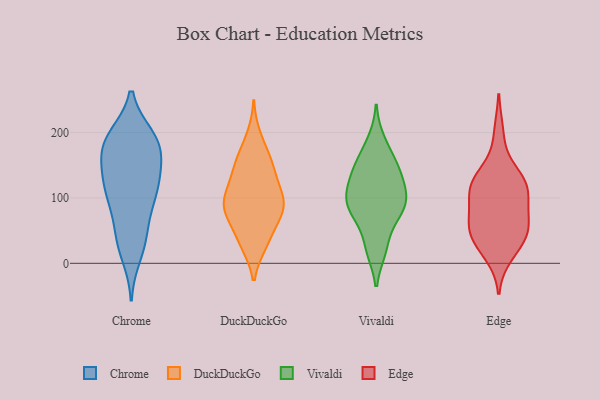
{"axis": {"x": "Website Visitors", "y": "Value"}, "legend": ["Chrome", "DuckDuckGo", "Edge", "Vivaldi"], "data": [{"x": "", "y": 168, "type": "Chrome"}, {"x": "", "y": 191, "type": "Chrome"}, {"x": "", "y": 159, "type": "Chrome"}, {"x": "", "y": 30, "type": "Chrome"}, {"x": "", "y": 91, "type": "Chrome"}, {"x": "", "y": 12, "type": "Chrome"}, {"x": "", "y": 38, "type": "Chrome"}, {"x": "", "y": 120, "type": "Chrome"}, {"x": "", "y": 120, "type": "Chrome"}, {"x": "", "y": 194, "type": "Chrome"}, {"x": "", "y": 185, "type": "Chrome"}, {"x": "", "y": 192, "type": "Chrome"}, {"x": "", "y": 106, "type": "Chrome"}, {"x": "", "y": 167, "type": "Chrome"}, {"x": "", "y": 124, "type": "Chrome"}, {"x": "", "y": 114, "type": "Chrome"}, {"x": "", "y": 192, "type": "Chrome"}, {"x": "", "y": 150, "type": "Chrome"}, {"x": "", "y": 79, "type": "Chrome"}, {"x": "", "y": 47, "type": "Chrome"}, {"x": "", "y": 29, "type": "DuckDuckGo"}, {"x": "", "y": 96, "type": "DuckDuckGo"}, {"x": "", "y": 73, "type": "DuckDuckGo"}, {"x": "", "y": 61, "type": "DuckDuckGo"}, {"x": "", "y": 85, "type": "DuckDuckGo"}, {"x": "", "y": 134, "type": "DuckDuckGo"}, {"x": "", "y": 75, "type": "DuckDuckGo"}, {"x": "", "y": 99, "type": "DuckDuckGo"}, {"x": "", "y": 106, "type": "DuckDuckGo"}, {"x": "", "y": 137, "type": "DuckDuckGo"}, {"x": "", "y": 30, "type": "DuckDuckGo"}, {"x": "", "y": 33, "type": "DuckDuckGo"}, {"x": "", "y": 87, "type": "DuckDuckGo"}, {"x": "", "y": 153, "type": "DuckDuckGo"}, {"x": "", "y": 160, "type": "DuckDuckGo"}, {"x": "", "y": 119, "type": "DuckDuckGo"}, {"x": "", "y": 166, "type": "DuckDuckGo"}, {"x": "", "y": 195, "type": "DuckDuckGo"}, {"x": "", "y": 87, "type": "DuckDuckGo"}, {"x": "", "y": 158, "type": "Vivaldi"}, {"x": "", "y": 24, "type": "Vivaldi"}, {"x": "", "y": 87, "type": "Vivaldi"}, {"x": "", "y": 70, "type": "Vivaldi"}, {"x": "", "y": 137, "type": "Vivaldi"}, {"x": "", "y": 21, "type": "Vivaldi"}, {"x": "", "y": 134, "type": "Vivaldi"}, {"x": "", "y": 108, "type": "Vivaldi"}, {"x": "", "y": 89, "type": "Vivaldi"}, {"x": "", "y": 187, "type": "Vivaldi"}, {"x": "", "y": 97, "type": "Vivaldi"}, {"x": "", "y": 152, "type": "Vivaldi"}, {"x": "", "y": 77, "type": "Vivaldi"}, {"x": "", "y": 112, "type": "Vivaldi"}, {"x": "", "y": 54, "type": "Edge"}, {"x": "", "y": 39, "type": "Edge"}, {"x": "", "y": 13, "type": "Edge"}, {"x": "", "y": 199, "type": "Edge"}, {"x": "", "y": 121, "type": "Edge"}, {"x": "", "y": 62, "type": "Edge"}, {"x": "", "y": 132, "type": "Edge"}, {"x": "", "y": 114, "type": "Edge"}, {"x": "", "y": 113, "type": "Edge"}, {"x": "", "y": 54, "type": "Edge"}, {"x": "", "y": 92, "type": "Edge"}, {"x": "", "y": 116, "type": "Edge"}, {"x": "", "y": 75, "type": "Edge"}, {"x": "", "y": 45, "type": "Edge"}, {"x": "", "y": 28, "type": "Edge"}, {"x": "", "y": 134, "type": "Edge"}]}